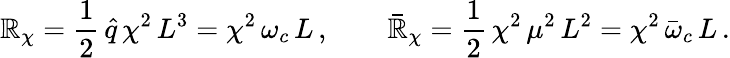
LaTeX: \mathbb{R}_{\chi}=\frac{{1}}{{2}}\, \hat{{q}}\, \chi^{2}\, L^{3}=\chi^{2}\, \omega_{c}\, L\, ,\qquad\bar{{\mathbb{R}}}_{\chi}=\frac{{1}}{{2}}\, \chi^{2}\, \mu^{2}\, L^{2}=\chi^{2}\, \bar{{\omega}}_{c}\, L\, .